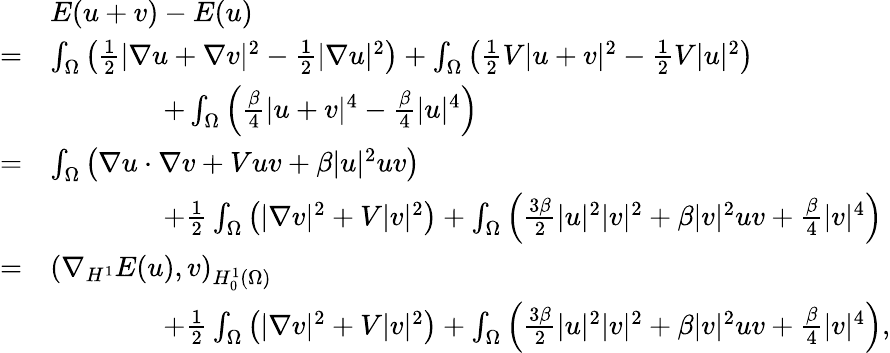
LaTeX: \begin{array}{rl}&{E(u+v)-E(u)}\\ {=}&{\int_{\Omega}\left(\frac{1}{2}|\nabla u+\nabla v|^{2}-\frac{1}{2}|\nabla u|^{2}\right)+\int_{\Omega}\left(\frac{1}{2}V|u+v|^{2}-\frac{1}{2}V|u|^{2}\right)}\\ &{\qquad\qquad+\int_{\Omega}\left(\frac{\beta}{4}|u+v|^{4}-\frac{\beta}{4}|u|^{4}\right)}\\ {=}&{\int_{\Omega}\left(\nabla u\cdot\nabla v+Vuv+\beta|u|^{2}uv\right)}\\ &{\qquad\qquad+\frac{1}{2}\int_{\Omega}\left(|\nabla v|^{2}+V|v|^{2}\right)+\int_{\Omega}\left(\frac{3\beta}{2}|u|^{2}|v|^{2}+\beta|v|^{2}uv+\frac{\beta}{4}|v|^{4}\right)}\\ {=}&{\left(\nabla_{H^{1}}E(u),v\right)_{H_{0}^{1}(\Omega)}}\\ &{\qquad\qquad+\frac{1}{2}\int_{\Omega}\left(|\nabla v|^{2}+V|v|^{2}\right)+\int_{\Omega}\left(\frac{3\beta}{2}|u|^{2}|v|^{2}+\beta|v|^{2}uv+\frac{\beta}{4}|v|^{4}\right),}\end{array}